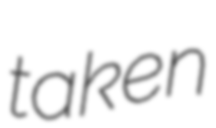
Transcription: taken